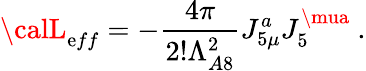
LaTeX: {\calL}_{\mathrm{e}ff}=-{\frac{{4\pi}}{{2!\Lambda_{A8}^{2}}}}J_{5\mu}^{a}J_{5}^{\mua}\ .